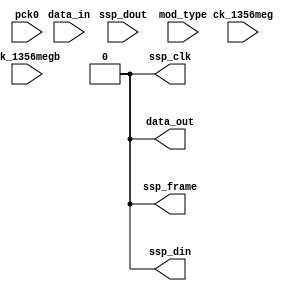
module relay_test(
    pck0, ck_1356meg, ck_1356megb,
    ssp_frame, ssp_din, ssp_dout, ssp_clk,
    data_in, data_out,
    mod_type
);
    input pck0, ck_1356meg, ck_1356megb;
    input ssp_dout;
    output ssp_frame, ssp_din, ssp_clk;
    input data_in;
    output data_out;
    input [2:0] mod_type;

reg ssp_clk = 1'b0;
reg ssp_frame = 1'b0;
reg data_out = 1'b0;
reg ssp_din = 1'b0;


reg [6:0] div_counter = 7'b0;

reg [0:0] buf_data_in = 1'b0;

reg [0:0] receive_counter = 1'b0;
reg [31:0] delay_counter = 32'h0;
reg [3:0] counter = 4'b0;

reg [7:0] receive_buffer = 8'b0;

reg sending_started = 1'b0;
reg received_complete = 1'b0;
reg [7:0] received = 8'b0;
reg [3:0] send_buf = 4'b0;

reg [16:0] to_arm_delay = 17'b0;

always @(posedge ck_1356meg)
begin
    /*div_counter <= div_counter + 1;
    buf_data_in = data_in;

    if (div_counter[3:0] == 4'b1000) ssp_clk <= 1'b0;
    if (div_counter[3:0] == 4'b0000) ssp_clk <= 1'b1;

    if (sending_started == 1'b1 && received_complete == 1'b0) begin
        delay_counter = delay_counter + 1;
    end

    if (div_counter[2:0] == 3'b100) // 1.695MHz
    begin
        if (mod_type == `MASTER) // Sending from ARM to other Proxmark
        begin
            receive_counter <= receive_counter + 1;

            if (div_counter[6:4] == 3'b000) ssp_frame = 1'b1;
            else ssp_frame = 1'b0;

            if (receive_counter[0] == 1'b0) begin
                data_out = ssp_dout;

                send_buf = {send_buf[2:0], ssp_dout};
                receive_buffer = {receive_buffer[6:0], buf_data_in};

                if (send_buf == 4'ha && sending_started == 1'b0) begin
                    delay_counter = 32'b0;
                    sending_started = 1'b1;
                end

                if (receive_buffer[3:0] == 4'ha && sending_started == 1'b1) begin
                    receive_buffer = 8'b0;
                    received_complete = 1'b1;
                end
            end

            counter <= 4'b0;
        end
        else if (mod_type == `SLAVE) // Sending from other Proxmark to ARM
        begin
            counter <= counter + 1;

            if (counter[0] == 1'b0) begin
                receive_buffer = {receive_buffer[6:0], buf_data_in};
                data_out = buf_data_in;

                ssp_frame = (receive_buffer[7:4] == 4'b1111);
                if (receive_buffer[7:4] == 4'b1111) begin
                    received = receive_buffer;
                    receive_buffer = 8'b0;
                end

                ssp_din <= received[7];
                received = {received[6:0], 1'b0};
            end

            receive_counter <= 4'b0;
        end
        else if (mod_type == `DELAY) // Sending delay to ARM
        begin
            if (to_arm_delay[16] == 1'b1) begin
                sending_started = 1'b0;
                received_complete = 1'b0;
                counter <= counter + 1;

                if (counter[0] == 1'b0) begin
                    ssp_frame = (counter[3:0] == 4'b0000);
                    ssp_din <= delay_counter[31];
                    delay_counter = {delay_counter[30:0], 1'b0};
                end

                if (counter[3:0] == 4'b1111) begin
                    to_arm_delay <= 17'b0;
                end
            end
            else begin
                to_arm_delay <= to_arm_delay + 1;
            end
        end
    end*/
end

endmodule